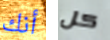
أنك كل